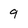
Character: 9